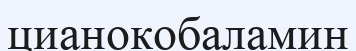
цианокобаламин